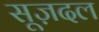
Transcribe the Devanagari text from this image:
सूज़दल